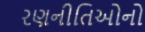
રણનીતિઓનો